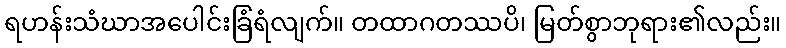
ရဟန်းသံဃာအပေါင်းခြံရံလျက်။ တထာဂတဿပိ၊ မြတ်စွာဘုရား၏လည်း။